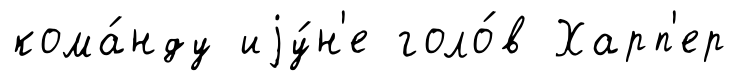
кома́нду иjу́н'е голо́в Харп'ер